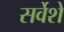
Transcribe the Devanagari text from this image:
सर्वेशे